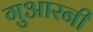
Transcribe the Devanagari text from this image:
गुआरनी